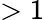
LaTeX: >1